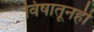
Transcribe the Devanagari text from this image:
विषातूनही